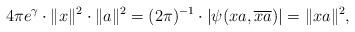
LaTeX: \begin{align*}4 \pi e^\gamma \cdot \| x\|^2 \cdot \| a \|^2 = (2\pi )^{-1} \cdot | \psi(xa, \overline{xa} ) | = \| xa \|^2,\end{align*}